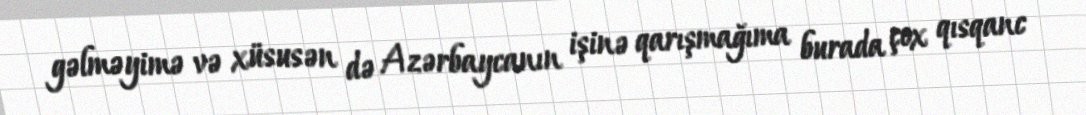
gəlməyimə və xüsusən də Azərbaycanın işinə qarışmağıma burada çox qısqanc